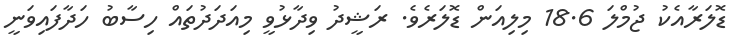
ޑޮލަރާއެކު ޖުމްލަ 18.6 މިލިއަން ޑޮލަރެވެ. ރަޝީދު ވިދާޅުވީ މިއަދަދުތައް ހިސާބު ހަދާފައިވަނީ